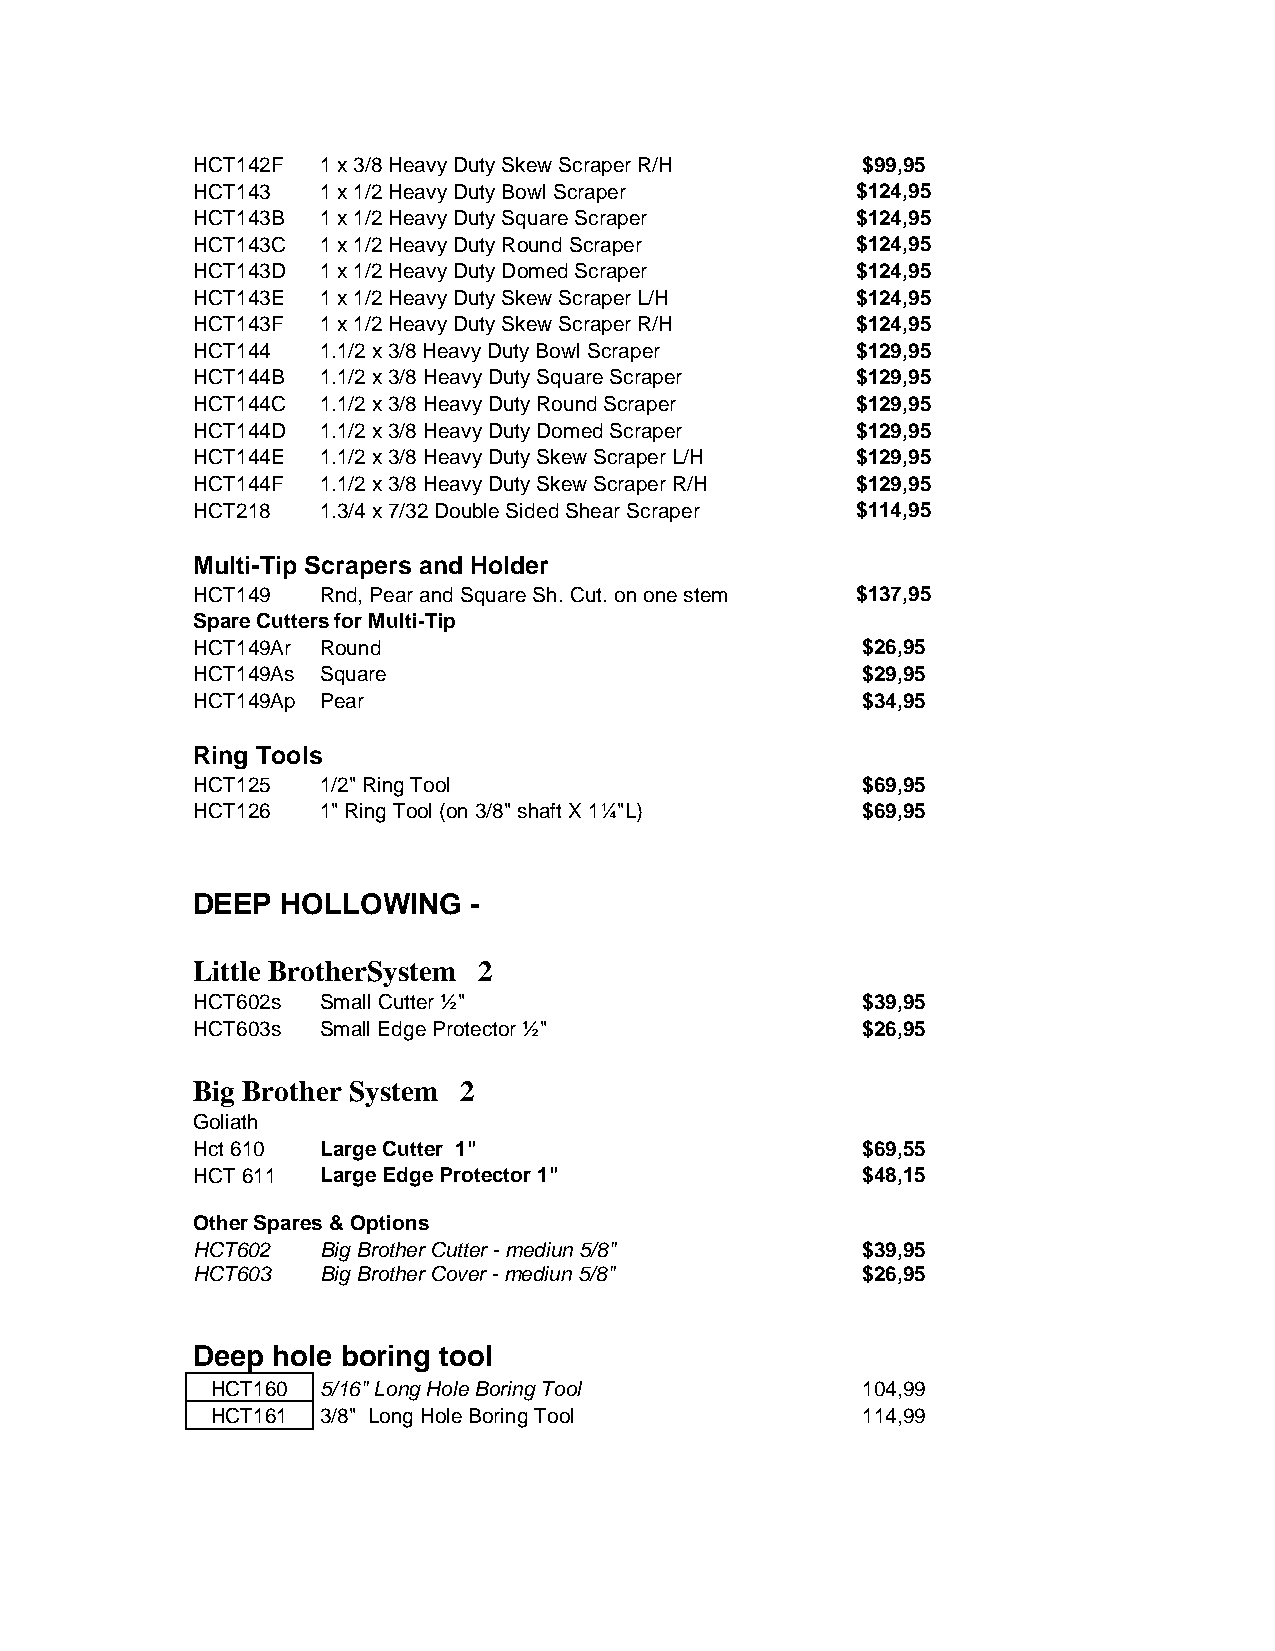
HCT142F 1 x 3/8 Heavy Duty Skew Scraper R/H $99,95
 HCT143  1 x 1/2 Heavy Duty Bowl Scraper     $124,95
 HCT143B 1 x 1/2 Heavy Duty Square Scraper   $124,95
 HCT143C 1 x 1/2 Heavy Duty Round Scraper    $124,95
 HCT143D 1 x 1/2 Heavy Duty Domed Scraper    $124,95
 HCT143E 1 x 1/2 Heavy Duty Skew Scraper L/H $124,95
 HCT143F 1 x 1/2 Heavy Duty Skew Scraper R/H $124,95
 HCT144  1.1/2 x 3/8 Heavy Duty Bowl Scraper $129,95
 HCT144B 1.1/2 x 3/8 Heavy Duty Square Scraper $129,95
 HCT144C 1.1/2 x 3/8 Heavy Duty Round Scraper $129,95
 HCT144D 1.1/2 x 3/8 Heavy Duty Domed Scraper $129,95
 HCT144E 1.1/2 x 3/8 Heavy Duty Skew Scraper L/H $129,95
 HCT144F 1.1/2 x 3/8 Heavy Duty Skew Scraper R/H $129,95
 HCT218  1.3/4 x 7/32 Double Sided Shear Scraper $114,95
 Multi-Tip Scrapers and Holder
 HCT149  Rnd, Pear and Square Sh. Cut. on one stem $137,95
 Spare Cutters for Multi-Tip
 HCT149Ar Round                              $26,95
 HCT149As Square                             $29,95
 HCT149Ap Pear                               $34,95
 Ring Tools
 HCT125  1/2" Ring Tool                      $69,95
 HCT126  1" Ring Tool (on 3/8" shaft X 1¼"L) $69,95
 DEEP  HOLLOWING   -
 Little BrotherSystem 2
 HCT602s Small Cutter ½"                     $39,95
 HCT603s Small Edge Protector ½"             $26,95
 Big Brother System 2
 Goliath
 Hct 610 Large Cutter 1"                     $69,55
 HCT 611 Large Edge Protector 1"             $48,15
 Other Spares & Options
 HCT602  Big Brother Cutter - mediun 5/8"    $39,95
 HCT603  Big Brother Cover - mediun 5/8"     $26,95
 Deep hole boring tool
 HCT160 5/16" Long Hole Boring Tool         104,99
 HCT161 3/8" Long Hole Boring Tool          114,99